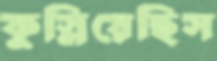
ফুস্‌লিয়েছিস